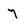
Character: 7